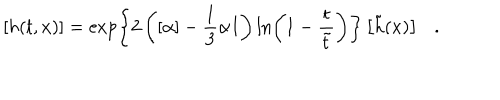
LaTeX: \left[ h ( t , x ) \right] = \exp \left\{ 2 \left( [ \alpha ] - \frac { 1 } { 3 } \alpha I \right) \ln \left( 1 - \frac { t } { \tilde { t } } \right) \right\} \left[ \tilde { h } ( x ) \right] .